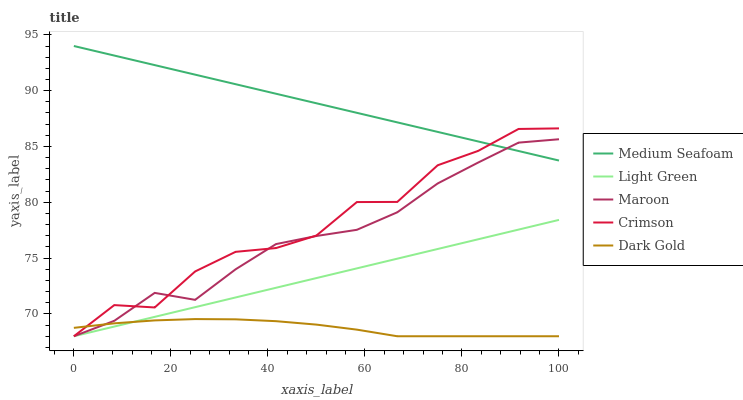
| xaxis_label | Medium Seafoam | Light Green | Maroon | Crimson | Dark Gold |
 | --- | --- | --- | --- | --- | --- |
 | 0 | 94 | 68 | 68 | 68 | 68.8 |
 | 8.33 | 93.1 | 68.9 | 69.4 | 70.8 | 69.2 |
 | 16.7 | 92.3 | 69.7 | 71.9 | 70.6 | 69.4 |
 | 25 | 91.4 | 70.6 | 71.3 | 73.8 | 69.5 |
 | 33.3 | 90.6 | 71.5 | 74 | 75.6 | 69.5 |
 | 41.7 | 89.7 | 72.3 | 76.3 | 75.9 | 69.4 |
 | 50 | 88.9 | 73.2 | 77 | 77 | 69 |
 | 58.3 | 88 | 74.1 | 77.5 | 80 | 68.6 |
 | 66.7 | 87.2 | 74.9 | 79.1 | 80 | 68 |
 | 75 | 86.3 | 75.8 | 81.7 | 83.3 | 68 |
 | 83.3 | 85.5 | 76.7 | 83.6 | 84.6 | 68 |
 | 91.7 | 84.6 | 77.6 | 85.3 | 86.6 | 68 |
 | 100 | 83.7 | 78.4 | 85.6 | 86.6 | 68 |